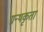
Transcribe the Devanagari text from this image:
ग्रन्थकृता